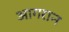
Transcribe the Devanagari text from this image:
आगरान